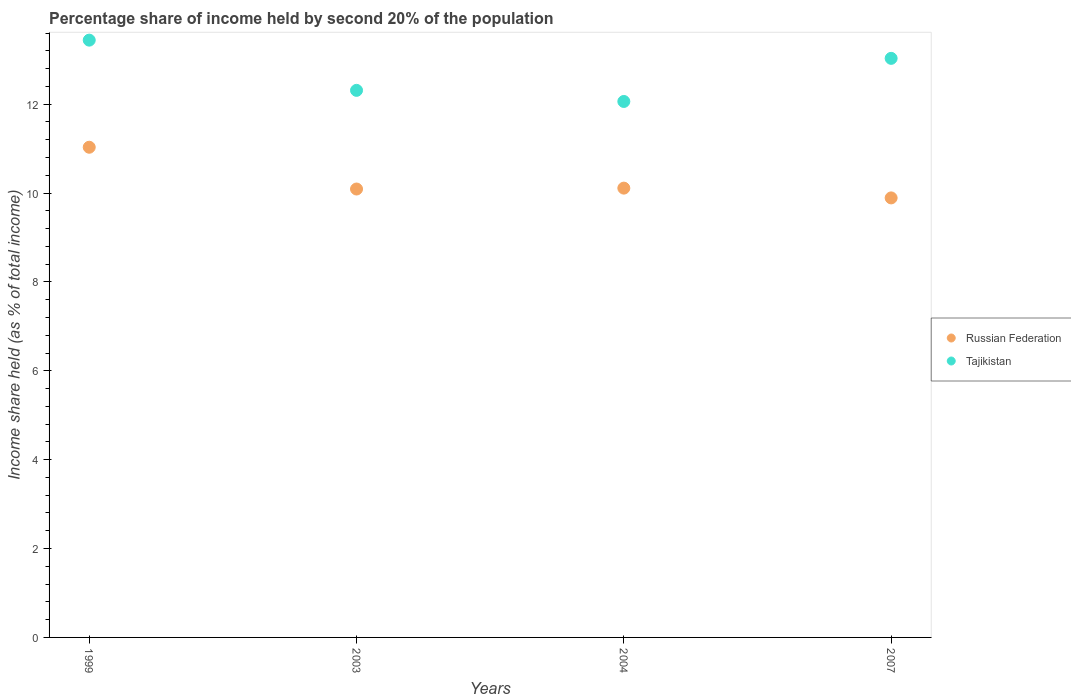
| Years | Russian Federation | Tajikistan |
 | --- | --- | --- |
 | 1999 | 11 | 13.4 |
 | 2003 | 10.1 | 12.3 |
 | 2004 | 10.1 | 12.1 |
 | 2007 | 9.89 | 13 |